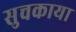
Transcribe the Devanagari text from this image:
सुचकाया